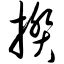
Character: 揆